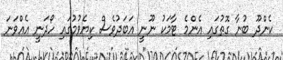
ކެންދޫ ބުނާ ގޮތުގައި އެންމެ ޓާމަކު ނޫނީ އަބަދުވެސް ކިޔެވުމުގައި ހޯދަނީ އެއްވަނަ